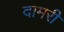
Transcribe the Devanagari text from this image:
दामरी